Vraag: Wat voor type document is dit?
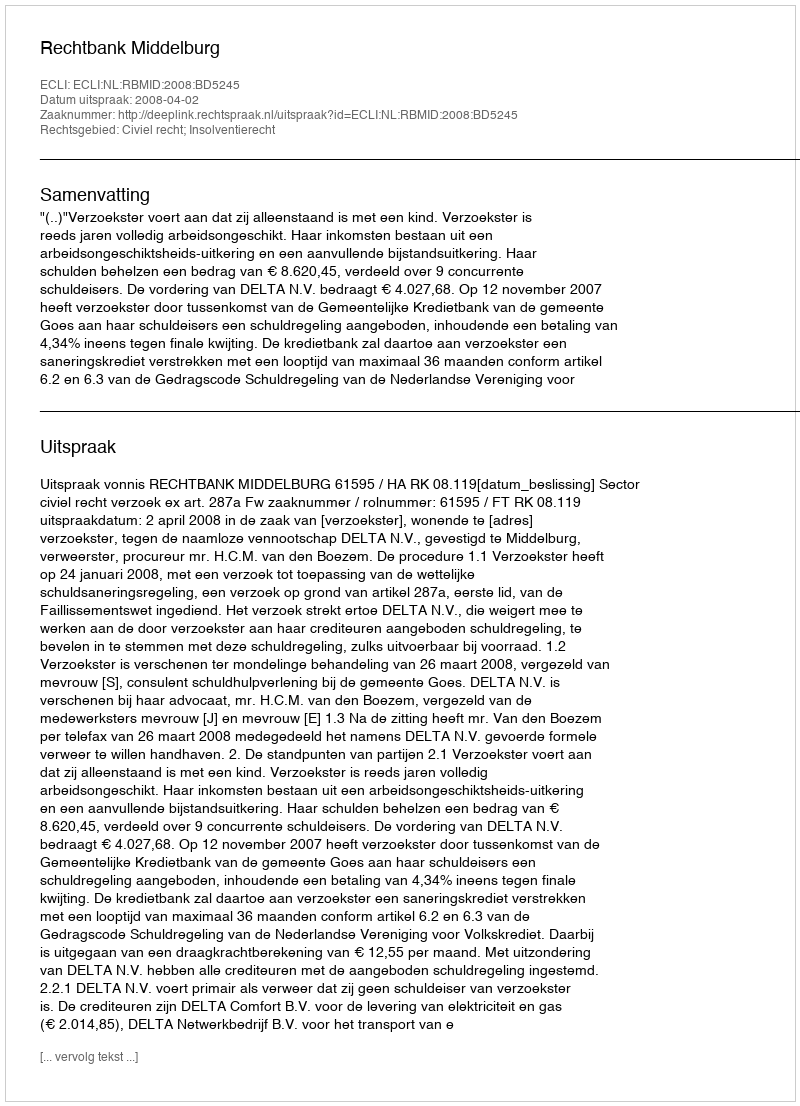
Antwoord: Uitspraak